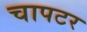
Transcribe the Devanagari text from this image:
चापटर